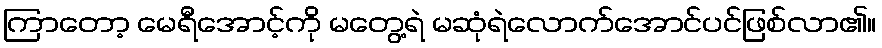
ကြာတော့ မေရီအောင့်ကို မတွေ့ရဲ မဆုံရဲလောက်အောင်ပင်ဖြစ်လာ၏။